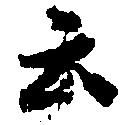
云